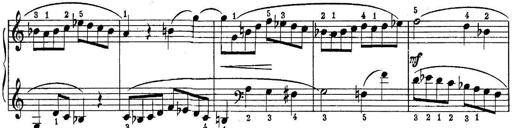
Title: Piano Sonatina No.1 in C major
Composer: Tadeusz Joteyko
Key: C major